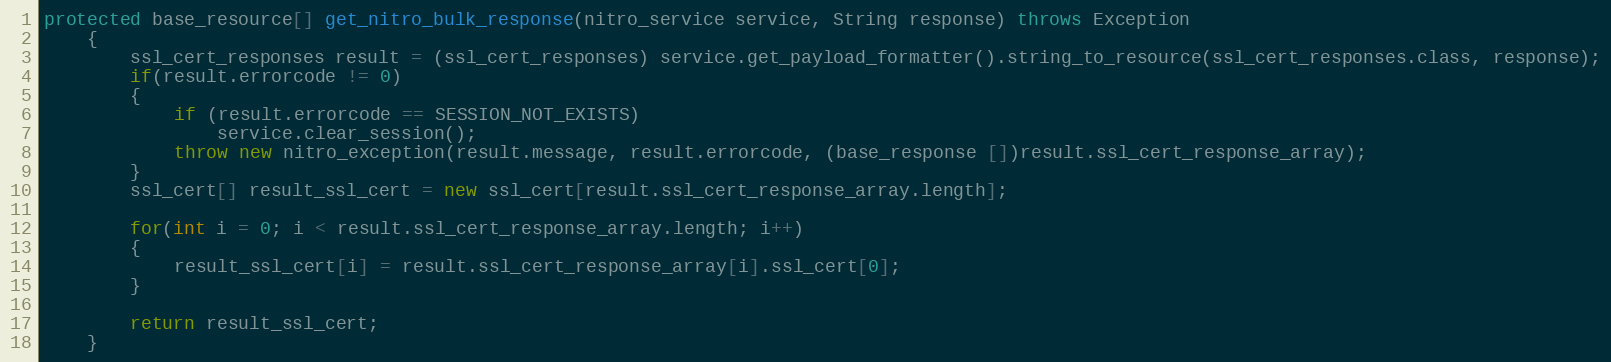
Language: Java
protected base_resource[] get_nitro_bulk_response(nitro_service service, String response) throws Exception
	{
		ssl_cert_responses result = (ssl_cert_responses) service.get_payload_formatter().string_to_resource(ssl_cert_responses.class, response);
		if(result.errorcode != 0)
		{
			if (result.errorcode == SESSION_NOT_EXISTS)
				service.clear_session();
			throw new nitro_exception(result.message, result.errorcode, (base_response [])result.ssl_cert_response_array);
		}
		ssl_cert[] result_ssl_cert = new ssl_cert[result.ssl_cert_response_array.length];

		for(int i = 0; i < result.ssl_cert_response_array.length; i++)
		{
			result_ssl_cert[i] = result.ssl_cert_response_array[i].ssl_cert[0];
		}

		return result_ssl_cert;
	}